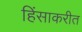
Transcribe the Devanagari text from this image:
हिंसाकरीत